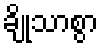
ချိုသာစွာ